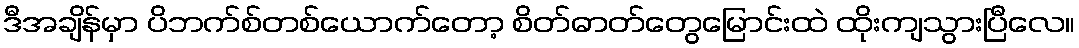
ဒီအချိန်မှာ ပိဘက်စ်တစ်ယောက်တော့ စိတ်ဓာတ်တွေမြောင်းထဲ ထိုးကျသွားပြီလေ။